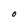
Character: O